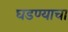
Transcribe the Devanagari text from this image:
घडण्याचा